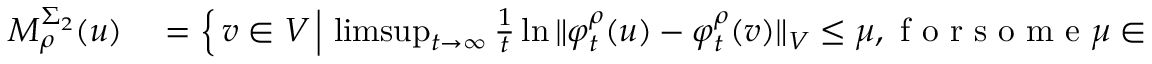
\begin{array} { r l } { M _ { \rho } ^ { \Sigma _ { 2 } } ( u ) } & { { } = \left\{ \, v \in V \, \Big \vert \, \operatorname* { l i m s u p } _ { t \to \infty } \frac { 1 } { t } \ln { \Vert \varphi _ { t } ^ { \rho } ( u ) - \varphi _ { t } ^ { \rho } ( v ) \Vert _ { V } } \leq \mu , \mathrm { ~ f ~ o ~ r ~ s ~ o ~ m ~ e ~ } \mu \in [ \mu _ { 2 } , \mu _ { 1 } ) \, \right\} } \end{array}